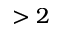
> 2